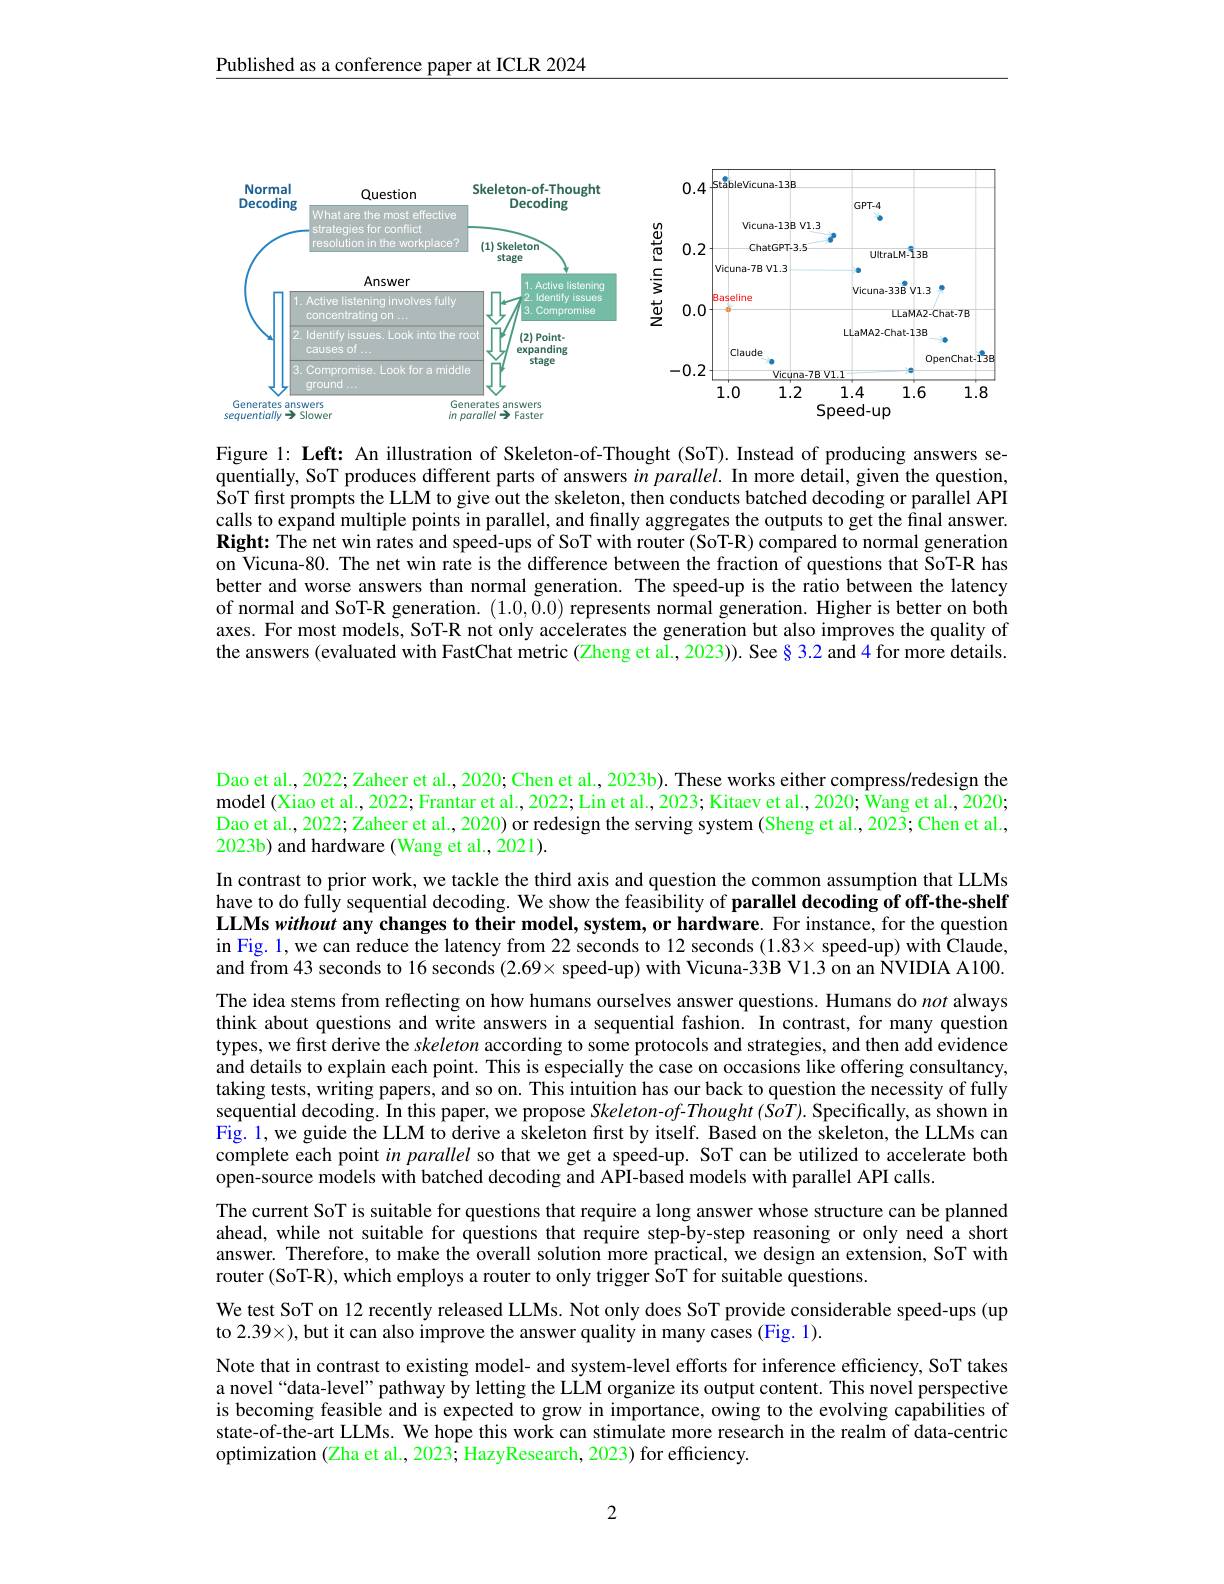
Published as a conference paper at ICLR 2024

<FigureHere>

Figure l: Left: An illustration of Skeleton-of-Thought (SoT). Instead of producing answers sequentially, SoT produces different parts of answers in parallel. In more detail, given the question, SoT first prompts the LLM to give out the skeleton, then conducts batched decoding or parallel API calls to expand multiple points in parallel, and finally aggregates the outputs to get the final answer. Right: The net win rates and speed-ups of SoT with router (SoT-R) compared to normal generation on Vicuna-80. The net win rate is the difference between the fraction of questions that SoT-R has better and worse answers than normal generation. The speed-up is the ratio between the latency of normal and SoT-R generation. (1.0,0.0) represents normal generation. Higher is better on both axes. For most models, SoT-R not only accelerates the generation but also improves the quality of the answers (evaluated with FastChat metric (Zheng et al., 2023)). See § 3.2 and 4 for more details.

Dao et al., 2022; Zaheer et al., 2020; Chen et al., 2023b). These works either compress/redesign the model (Xiao et al., 2022; Frantar et al., 2022; Lin et al., 2023; Kitaev et al., 2020; Wang et al., 2020; Dao et al., 2022; Zaheer et al., 2020) or redesign the serving system (Sheng et al., 2023; Chen et al., 2023b) and hardware (Wang et al., 2021).

In contrast to prior work, we tackle the third axis and question the common assumption that LLMs have to do fully sequential decoding. We show the feasibility of parallel decoding of off-the-shelf LLMs without any changes to their model, system, or hardware. For instance, for the question in Fig. 1, we can reduce the latency from 22 seconds to 12 seconds (1.83× speed-up) with Claude, and from 43 seconds to 16 seconds (2.69× speed-up) with Vicuna-33B V1.3 on an NVIDIA A100. The idea stems from reflecting on how humans ourselves answer questions. Humans do not always think about questions and write answers in a sequential fashion. In contrast, for many question types, we first derive the skeleton according to some protocols and strategies, and then add evidence and details to explain each point. This is especially the case on occasions like offering consultancy, taking tests, writing papers, and so on. This intuition has our back to question the necessity of fully sequential decoding. In this paper, we propose Skeleton-of-Thought (SoT). Specifically, as shown in $\hat{\text{Fig. }1}$,we guide the LLM to derive a skeleton first by itself. Based on the skeleton, the LLMs can complete each point $in$ parallel so that we get a speed-up. SoT can be utilized to accelerate both $\hat{\text{open-source models with batched decoding and API-based models with parallel API calls.}}$
The current SoT is suitable for questions that require a long answer whose structure can be planned ahead, while not suitable for questions that require step-by-step reasoning or only need a short answer. Therefore, to make the overall solution more practical, we design an extension, SoT with router (SoT-R), which employs a router to only trigger SoT for suitable questions.
We test SoT on 12 recently released LLMs. Not only does SoT provide considerable speed-ups (up
to 2.39×), but it can also improve the answer quality in many cases (Fig. 1).
Note that in contrast to existing model- and system-level efforts for inference efficiency, SoT takes a novel“data-level” pathway by letting the LLM organize its output content. This novel perspective

is becoming feasible and is expected to grow in importance, owing to the evolving capabilities of state-of-the-art LLMs. We hope this work can stimulate more research in the realm of data-centric optimization (Zha et al., 2023; HazyResearch, 2023) for efficiency.

2